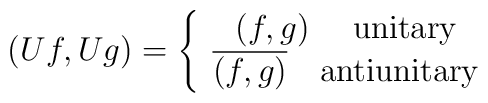
(Uf,Ug)=\left\{ \begin{array}{c}(f,g)\hbox{ \quad unitary} \\ \overline{(f,g)}\quad \hbox{antiunitary}\end{array}\right.